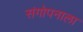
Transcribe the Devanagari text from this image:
संगोपनाला